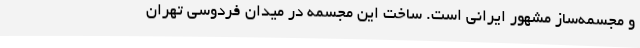
و مجسمه‌ساز مشهور ایرانی است. ساخت این مجسمه در میدان فردوسی تهران